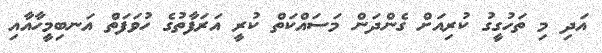
އަދި މި ތަހުގީގު ކުރިއަށް ގެންދަން މަސައްކަތް ކުރީ އަރަފާތުގެ ހުވަފަތް އަނބިމީހާއާއި